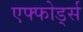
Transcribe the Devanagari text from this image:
एफ्फोर्ड्स